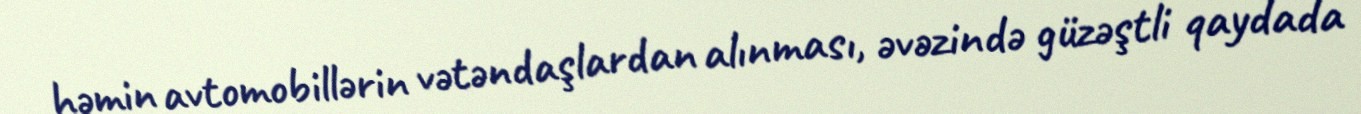
həmin avtomobillərin vətəndaşlardan alınması, əvəzində güzəştli qaydada